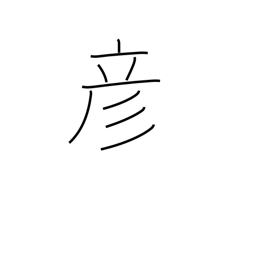
Meaning: boy (ancient)